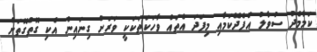
ކަމާމެދު ސުވާލު އުފެދޭކަމާއި މިފަދަ އެތައް ވާހަކަތަކަކީ ވަރަށް ގިނައިން އެކި ގޮތްގޮތަށް